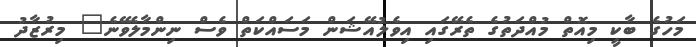
މަހުގެ ބާކީ މިއޮތް މުއްދަތުގެ ތެރޭގައި އިވެލުއޭޝަން މަސައްކަތް ވެސް ނިންމާލެވޭނެ" މިރުޒާދު